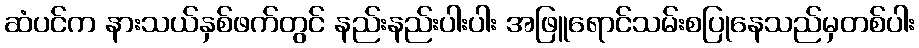
ဆံပင်က နားသယ်နှစ်ဖက်တွင် နည်းနည်းပါးပါး အဖြူရောင်သမ်းစပြုနေသည်မှတစ်ပါး